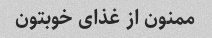
ممنون از غذای خوبتون